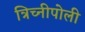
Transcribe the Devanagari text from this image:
त्रिच्नीपोली